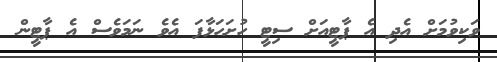
ވަކިވުމަށް އެދި އެ ޕާޓީއަށް ސިޓީ ހުށަހަޅާފަ އެވެ ނަމަވެސް އެ ޕާޓީން